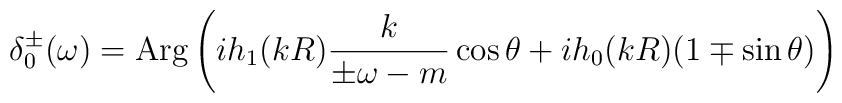
\delta_0^\pm(\omega) ={\rm Arg} \left( ih_1(kR) \frac{k}{\pm \omega-m} \cos \theta+ ih_0(kR) (1 \mp \sin\theta) \right)